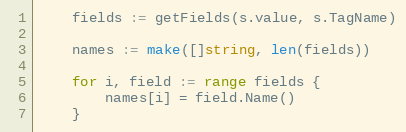
Language: Go
	fields := getFields(s.value, s.TagName)

	names := make([]string, len(fields))

	for i, field := range fields {
		names[i] = field.Name()
	}